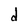
Character: d